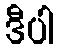
ဒီပါ